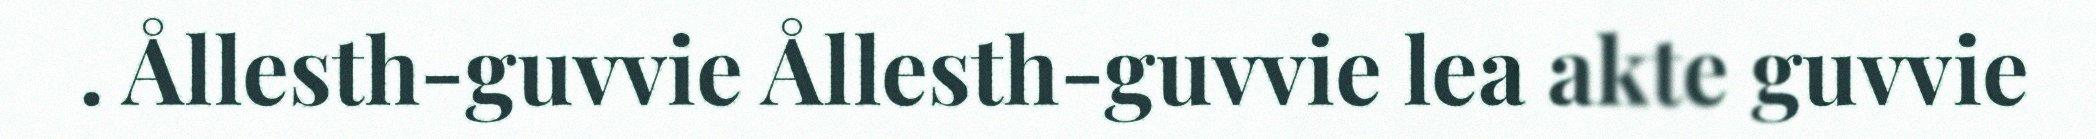
. Ållesth-guvvie Ållesth-guvvie lea akte guvvie